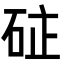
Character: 𮀗